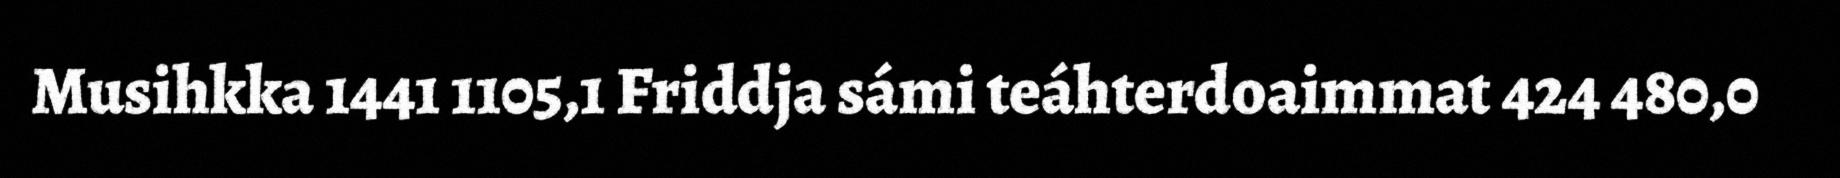
Musihkka 1441 1105,1 Friddja sámi teáhterdoaimmat 424 480,0